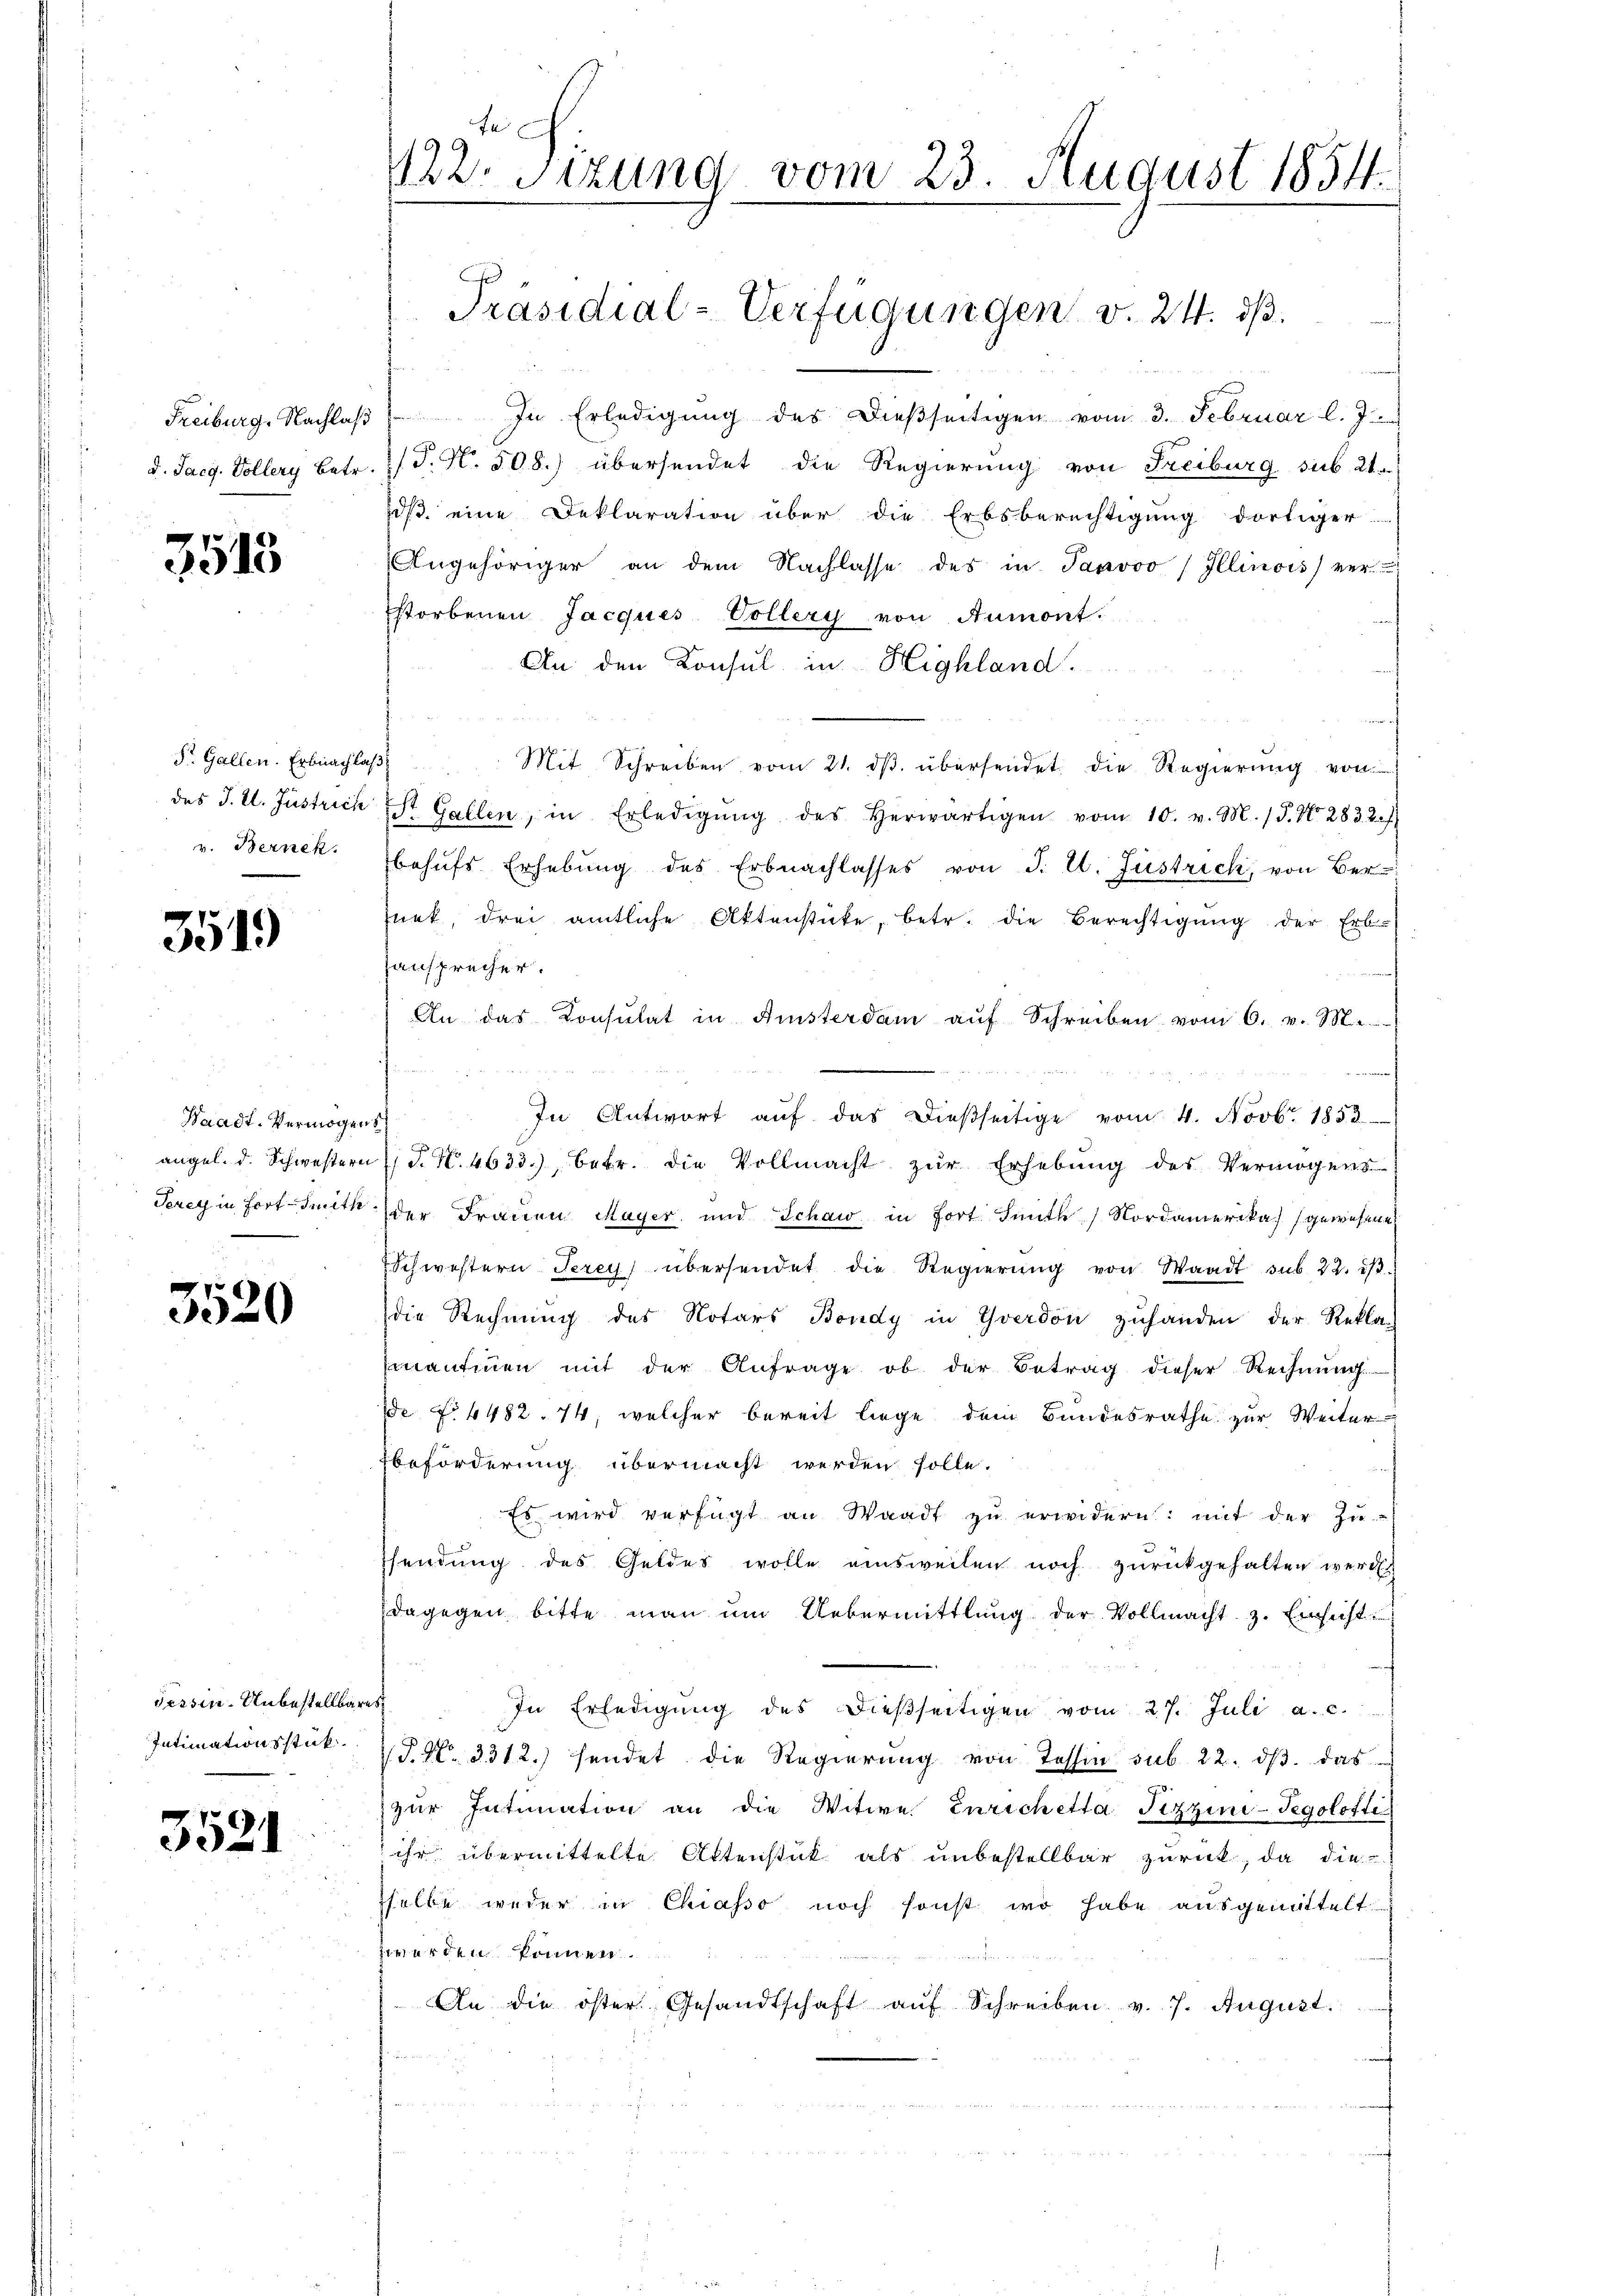
Freiburg, Nachlaß
d. Jacg. Vollery betr.

3513

St. Gallen. Erbnachlag
des J. St. Justrich
v. Bernek

3519)

Waadt-Vermögen
angel. d. Schwester
Terey in Fortsmitte

3520

dessen. Unbestellbar
Intimationsstück

3521

122. Sitzung vom 23. August 1854.

Präsidial-Verfügungen v. 24. ds.

In Erledigung des dießseitigen vom 3. Februar l. J.
P. Nr. 508.) übersendet die Regierung von Freiburg sub. 21.
dß eine Deklaration über die Erbsberechtigung dortiger
Angehöriger an dem Nachlasse des in Janvoo Illinois) ver-
Estorbenen Jacques Vollery von Aumont.
An den Konsul in Highland.
i
Mit Schreiben vom 21. dβ übersendet die Regierŭng von
St. Gallen, in Erledigŭng des herwärtigen vom 10. v. M. (T. No. 2832)
behŭfs Erhebung des Erbnachlasses von J. E. Jüstrich, von Ber
snek, drei amtliche Aktenstücke, betr. die Berechtigung der Erb-
ansprecher.
An das Consulat in Amsterdam aŭf Schreiben vom 6. v. M.
In Antwort aŭf das dießseitige vom 4. Novb. 1853
¬
. N. 4633), betr. die Vollmacht zur Erhebung des Vermögens
der Frauen Mayer, und Schaw in fort Seith Nordamerika gewesene
Schwestern Terey übersendet die Regierŭng von Waadt sub. 22. dβ.
die Rechnung des Notars Bondy in Yverdon zuhanden der Rekla-
mantien mit der Anfrage ob der Betrag dieser Rechnung.
de No 4482. 74, welcher bereit liege dem Bundesrathe zur Weiter-
Ebeförderung übermacht werden solle.
Es wird verfügt an Waadt zu erwidern: mit der Zu-
sendung des Geldes wolle einsweilen noch zurückgehalten werden
dagegen bitte man um Uebermittlung der Vollmacht z. Einsicht
In Erledigŭng des dießseitigen vom 27. Juli a. c.
T. No 3312.) sendet die Regierung von Tessin sub. 22. dβ das
zŭr Intimation an die Witwe Enrichetta Fizzine-Tegolotte
 ihr übermittelte Aktenstück als unbestellbar zurück, da die
sselbe weder in Chiasso noch sonst wo habe ausgemittelt.
werden können.
An die öster Gesandtschaft aŭf Schreiben v. 7. August.
u